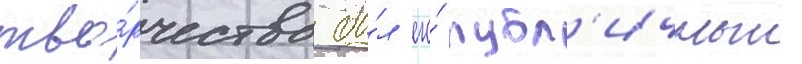
тво́рчества бы́л его́ публ'ичныи